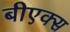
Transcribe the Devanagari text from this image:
बीएक्स